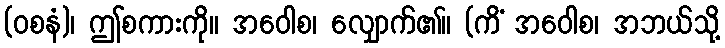
(ဝစနံ)၊ ဤစကားကို။ အဝေါစ၊ လျှောက်၏။ (ကိံ အဝေါစ၊ အဘယ်သို့